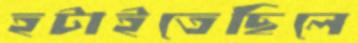
হটাইতেছিলে